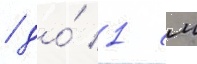
/ до́ 1 см